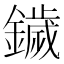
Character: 鐬